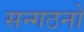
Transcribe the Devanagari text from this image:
सन्गठनो